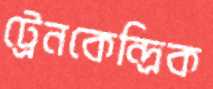
ট্রেনকেন্দ্রিক